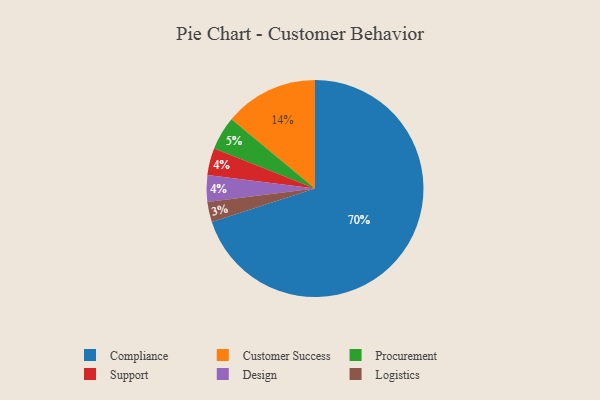
{"axis": {"x": "Category", "y": "Percentage"}, "legend": ["Compliance", "Customer Success", "Design", "Logistics", "Procurement", "Support"], "data": [{"x": "Procurement", "y": 5, "type": "Procurement"}, {"x": "Compliance", "y": 70, "type": "Compliance"}, {"x": "Customer Success", "y": 14, "type": "Customer Success"}, {"x": "Logistics", "y": 3, "type": "Logistics"}, {"x": "Support", "y": 4, "type": "Support"}, {"x": "Design", "y": 4, "type": "Design"}]}